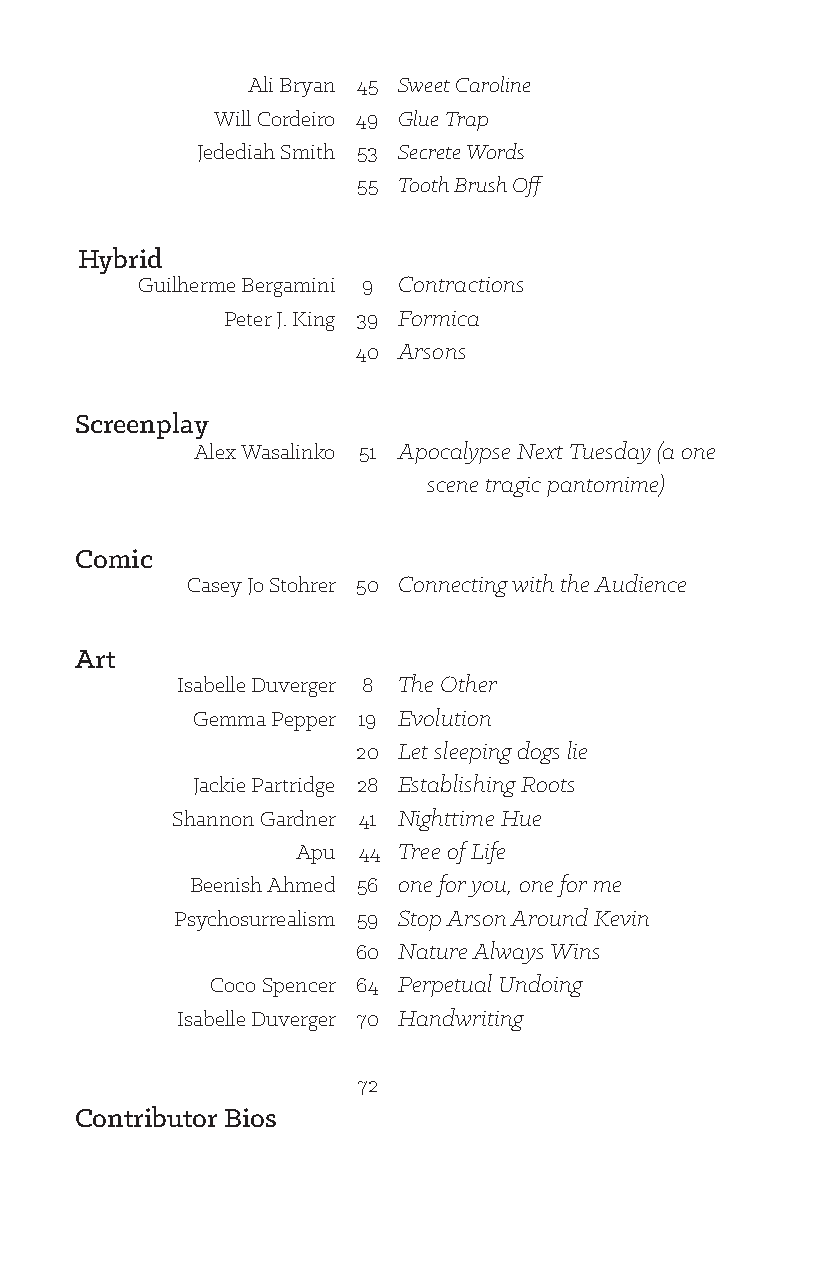
Ali Bryan 45 Sweet Caroline
 Will Cordeiro 49 Glue Trap
 Jedediah Smith 53 Secrete Words
 55 Tooth Brush Off
 Hybrid
 Guilherme Bergamini 9 Contractions
 Peter J. King 39 Formica
 40 Arsons
 Screenplay
 Alex Wasalinko 51 Apocalypse Next Tuesday (a one
 scene tragic pantomime)
 Comic
 Casey Jo Stohrer 50 Connecting with the Audience
 Art
 Isabelle Duverger 8 The Other
 Gemma Pepper 19 Evolution
 20 Let sleeping dogs lie
 Jackie Partridge 28 Establishing Roots
 Shannon Gardner 41 Nighttime Hue
 Apu 44 Tree of Life
 Beenish Ahmed 56 one for you, one for me
 Psychosurrealism 59 Stop Arson Around Kevin
 60 Nature Always Wins
 Coco Spencer 64 Perpetual Undoing
 Isabelle Duverger 70 Handwriting
 72
 Contributor Bios